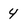
Character: 4